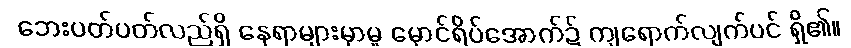
ဘေးပတ်ပတ်လည်ရှိ နေရာများမှာမူ မှောင်ရိပ်အောက်၌ ကျရောက်လျက်ပင် ရှိ၏။